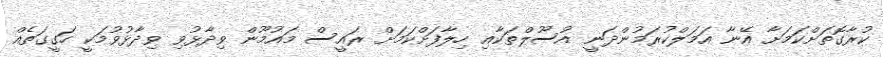
ކުރާގޮތަށްކަމަށާ އޭނާ އަމަލްކުރަމުންދަނީ އުސޫލްތަކާއި ހިލާފަށްކަމަށް ރައީސް މައުމޫން ވިދާޅުވި ވިދާޅުވުމަކީ ހަގީގަތެއް